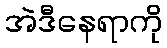
အဲဒီနေရာကို